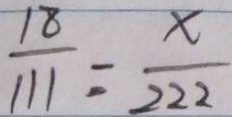
\frac { 1 8 } { 1 1 1 } = \frac { x } { 2 2 2 }